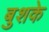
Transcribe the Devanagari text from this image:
बुशके